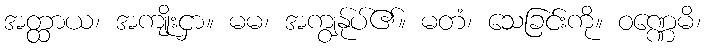
အတ္ထာယ၊ အကျိုးငှာ။ မမ၊ အကျွန်ုပ်၏။ မတံ၊ သေခြင်းကို။ ဝဏ္ဏေမိ၊